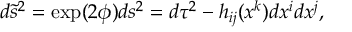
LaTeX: d \tilde { s } ^ { 2 } = \exp ( 2 \phi ) d s ^ { 2 } = d \tau ^ { 2 } - h _ { i j } ( x ^ { k } ) d x ^ { i } d x ^ { j } ,